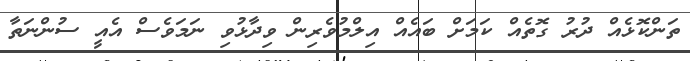
ތަންކޮޅެއް ދުރު ގޮތެއް ކަމަށް ބައެއް އިލްމުވެރިން ވިދާޅުވި ނަމަވެސް އެއީ ސުންނަތާ